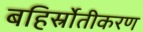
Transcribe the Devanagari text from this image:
बहिर्स्रोतीकरण